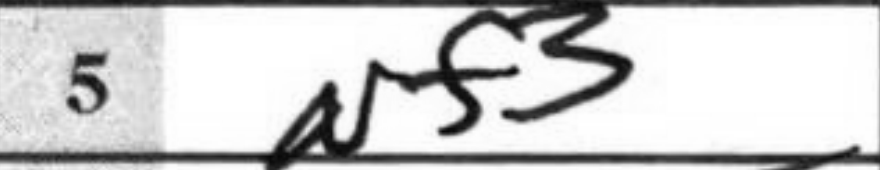
Transcription: Nf3